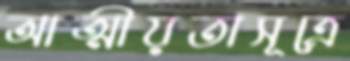
আত্মীয়তাসূত্রে